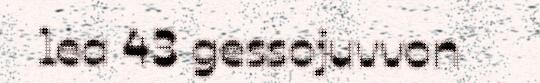
lea 43 gessojuvvon